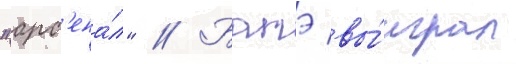
"арс'ена́л" // Батэ вы́играл